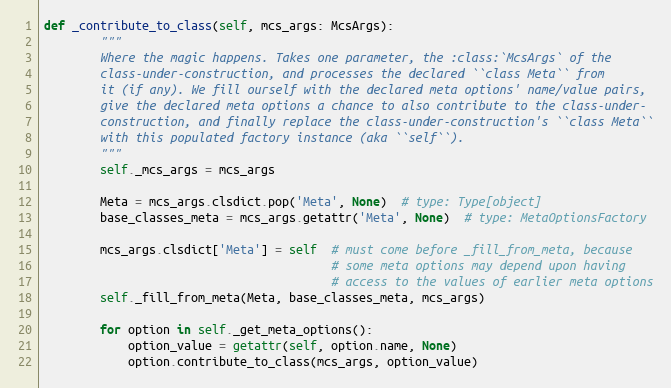
Language: Python
def _contribute_to_class(self, mcs_args: McsArgs):
        """
        Where the magic happens. Takes one parameter, the :class:`McsArgs` of the
        class-under-construction, and processes the declared ``class Meta`` from
        it (if any). We fill ourself with the declared meta options' name/value pairs,
        give the declared meta options a chance to also contribute to the class-under-
        construction, and finally replace the class-under-construction's ``class Meta``
        with this populated factory instance (aka ``self``).
        """
        self._mcs_args = mcs_args

        Meta = mcs_args.clsdict.pop('Meta', None)  # type: Type[object]
        base_classes_meta = mcs_args.getattr('Meta', None)  # type: MetaOptionsFactory

        mcs_args.clsdict['Meta'] = self  # must come before _fill_from_meta, because
                                         # some meta options may depend upon having
                                         # access to the values of earlier meta options
        self._fill_from_meta(Meta, base_classes_meta, mcs_args)

        for option in self._get_meta_options():
            option_value = getattr(self, option.name, None)
            option.contribute_to_class(mcs_args, option_value)